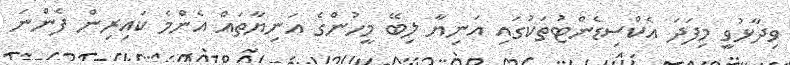
ވިދާޅުވީ މިފަދަ އެކްސިޑެންޓުތަކުގައި އަނިޔާ ލިބޭ މީހުންގެ އަނިޔާތައް އެންމެ ކައިރިން ފެންނަ